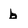
Character: b